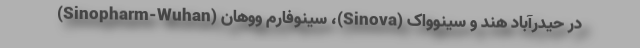
در حیدرآباد هند و سینوواک (Sinova)، سینوفارم ووهان (Sinopharm-Wuhan)